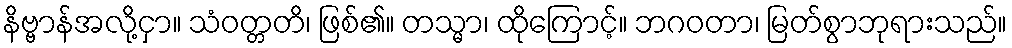
နိဗ္ဗာန်အလို့ငှာ။ သံဝတ္တတိ၊ ဖြစ်၏။ တသ္မာ၊ ထိုကြောင့်။ ဘဂဝတာ၊ မြတ်စွာဘုရားသည်။